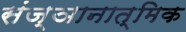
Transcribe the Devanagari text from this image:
संज्ञानात्मिक